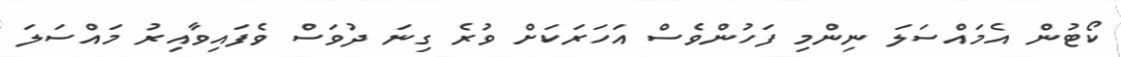
ކޯޓުން އެމައްސަލަ ނިންމި ފަހުންވެސް އަހަރަކަށް ވުރެ ގިނަ ދުވަސް ވެފައިވާއިރު މައްސަލަ